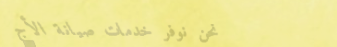
نحن نوفر خدمات صيانة الأج